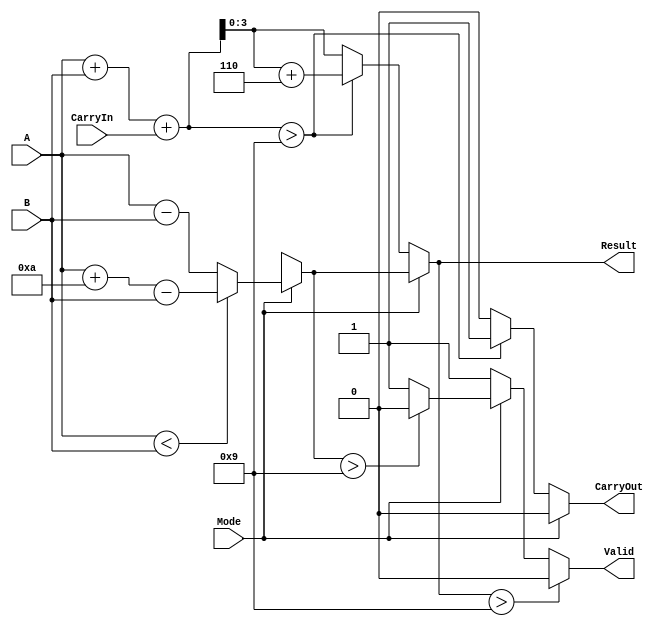
module BCD_Add_Subtracter (
    input [3:0] A,          // BCD input operand A
    input [3:0] B,          // BCD input operand B
    input Mode,             // Mode control signal (0 for addition, 1 for subtraction)
    input CarryIn,          // Carry input for addition
    output reg [3:0] Result, // BCD result of the operation
    output reg CarryOut,     // Carry output flag
    output reg Valid         // Valid flag indicating if result is a valid BCD number
);

    reg [4:0] Sum;          // 5-bit sum for addition
    reg [3:0] Sub;          // 4-bit result for subtraction
    reg borrow;             // Borrow flag for subtraction

    always @(*) begin
        // Initialize outputs
        CarryOut = 0;
        Valid = 1;

        if (Mode == 0) begin // Addition
            Sum = A + B + CarryIn; // Calculate sum
            if (Sum > 9) begin // Check if sum exceeds BCD limit
                Sum = Sum + 6; // Adjust to valid BCD
                CarryOut = 1; // Set carry out if adjustment is made
            end
            Result = Sum[3:0]; // Assign lower 4 bits to result
        end else begin // Subtraction
            // Subtraction A - B with borrow logic
            if (A < B) begin
                Sub = A + 10 - B; // Borrow from next higher digit
                borrow = 1;
            end else begin
                Sub = A - B;
                borrow = 0;
            end
            
            if (borrow) begin
                Result = Sub; // Result with borrow
            end else begin
                Result = Sub;
            end

            if (Result > 9) begin // Check if subtraction result is valid BCD
                Valid = 0; // Not a valid BCD
            end
        end

        // Final validity check for BCD
        if (Result > 9) begin
            Valid = 0; // Result is not a valid BCD
        end
    end

endmodule